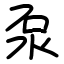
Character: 泵